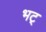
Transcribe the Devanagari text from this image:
भट्